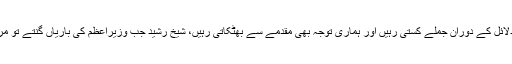
اس کے بعد مریم اورنگزیب شیخ رشید کے دلائل کے دوران جملے کستی رہیں اور ہماری توجہ بھی مقدمے سے بھٹکاتی رہیں، شیخ رشید جب وزیراعظم کی باریاں گنتے تو مریم اورنگزیب ماشا ءاللہ ماشاءاللہ کہہ اٹھتیں۔